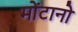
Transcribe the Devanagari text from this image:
मोंटानो